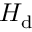
\cal { H } _ { \mathrm { d } }